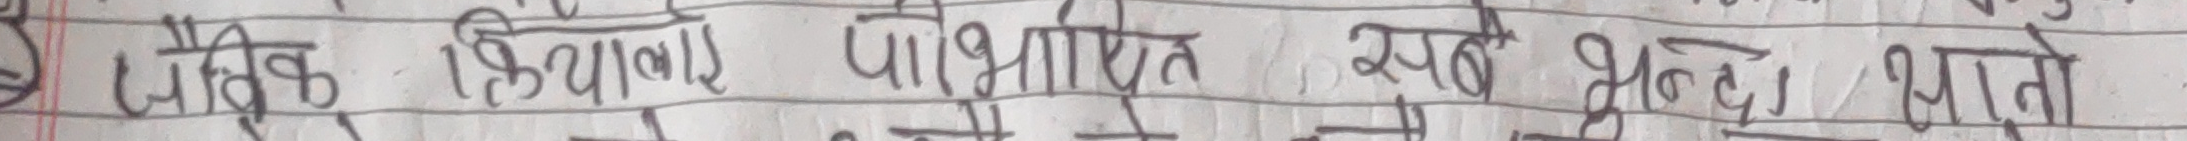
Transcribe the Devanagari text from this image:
जैविक क्रियाएं परिभाषित एवं शुद्ध भी भाते